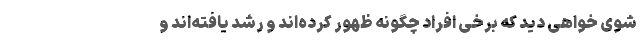
شوی خواهی دید که برخی افراد چگونه ظهور کرده‌اند و رشد یافته‌اند و